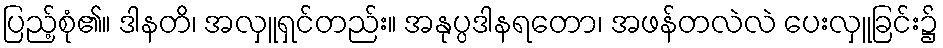
ပြည့်စုံ၏။ ဒါနတိ၊ အလှူရှင်တည်း။ အနုပ္ပဒါနရတော၊ အဖန်တလဲလဲ ပေးလှူခြင်း၌